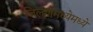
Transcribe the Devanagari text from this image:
जिल्ह्यामध्येमध्ये